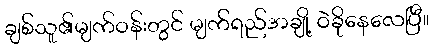
ချစ်သူ၏မျက်ဝန်းတွင် မျက်ရည်အချို့ ဝဲခိုနေလေပြီ။